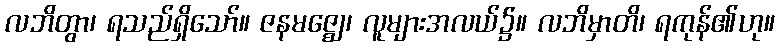
လဘိတွာ၊ ရသည်ရှိသော်။ ဇနမဇ္ဈေ၊ လူများအလယ်၌။ လဘိမှာတိ၊ ရကုန်၏ဟု။